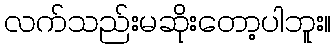
လက်သည်းမဆိုးတော့ပါဘူး။